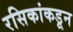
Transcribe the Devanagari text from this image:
रसिकांकडून